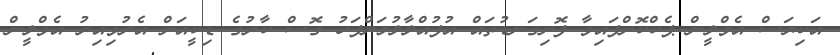
އަކިޔަސް އެވްލީން ޕެކްކޮށްފައިވާ ފޮށިގަނޑުތައް އުފުއްލާލުމަށްފަހު ގޮސް ކާރުގެ ޑިކީއަށް އެރުވިއިރު އެވްލީން